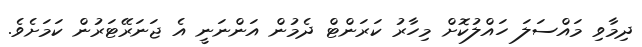
ދިމާވި މައްސަލަ ހައްލުކޮށް މިހާރު ކަރަންޓް ދެމުން އަންނަނީ އެ ޖަނަރޭޓަރުން ކަމަށެެެވެ.